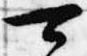
可